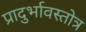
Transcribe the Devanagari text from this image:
प्रादुर्भावस्तोत्र